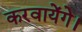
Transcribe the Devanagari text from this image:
करवायेंगे।